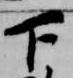
下